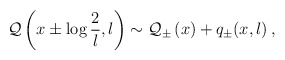
\begin{align*}{\cal Q}\left( x\pm \log \displaystyle\frac{2}{l},l\right) \sim {\cal Q}_{\pm }\left( x\right) +q_{\pm }(x,l)\: ,\end{align*}